Report on vaccination North-West Frontier Province 1904-1922 - 1904-1922
Year: 1904
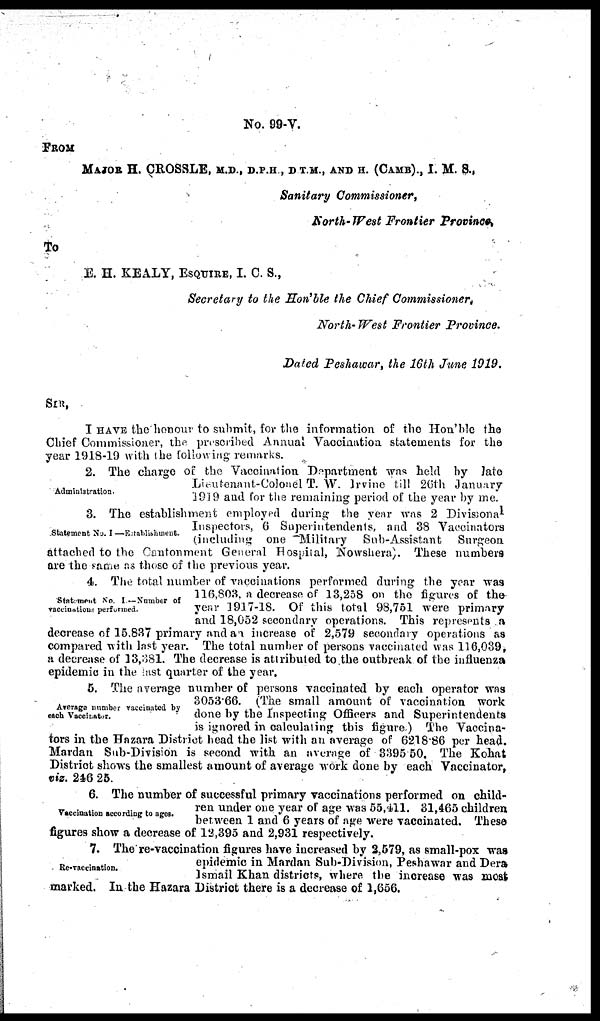
No. 99-V.
FROM
MAJOR H. CROSSLE, M.D., D.P.H ., D T.M., AND H. (CAMB)., I. M. S..
Sanitary Commissioner,
North-West Frontier Province.
To
E. H. KEALY, ESQUIRE, I. C. S.,
Secretary to the Hon'ble the Chief Commissioner.
North-West Frontier Province.
Dated Peshawar, the 16 th June 1919.
SIR,
I HAVE the honour to submit, for the information of the Hon'ble the
Chief Commissioner, the prescribed Annual Vaccination statements for the
year 1918-19 with the following remarks.
Administration.
2. The charge of the Vaccination Department was held by late
Lieutenant-Colonel T. W. Irvine till 26th January
1919 and for the remaining period of the year by me.
Statement No. I —Establishment.
3. The establishment employed during the year was 2 Divisional
Inspectors, 6 Superintendents, and 38 Vaccinators
(including one Military Sub-Assistant Surgeon
attached to the Cantonment General Hospital, Nowshera). These numbers
are the same as those of the previous year.
Statement No. I —Number of
vaccinations performed.
4. The total number of vaccinations performed during the year was
116,803, a decrease of 13,258 on the figures of the
year 1917-18. Of this total 98,751 were primary
and 18,052 secondary operations. This represents a
decrease of 15.837 primary and an increase of 2,579 secondary operations as
compared with last year. The total number of persons vaccinated was 116,039,
a decrease of 13,381. The decrease is attributed to the outbreak of the influenza
epidemic in the last quarter of the year.
Average number vaccinated by
each Vaccinator.
5. The average number of persons vaccinated by each operator was
3053.66. (The small amount of vaccination work
done by the Inspecting Officers and Superintendents
is ignored in calculating this figure) The Vaccina¬
tors in the Hazara District head the list with an average of 6218.86 per head.
Mardan Sub-Division is second with an average of 3395.50. The Kohat
District shows the smallest amount of average work done by each Vaccinator,
viz. 246.25.
Vaccination according to ages.
6. The number of successful primary vaccinations performed on child-
ren under one year of age was 55,411. 31,465 children
between 1 and 6 years of age were vaccinated. These
figures show a decrease of 12,395 and 2,931 respectively.
Re-vaccination.
7. The re-vaccination figures have increased by 2,579, as small-pox was
epidemic in Mardan Sub-Division, Peshawar and Dera
Ismail Khan districts, where the increase was most
marked. In the Hazara District there is a decrease of 1,656.